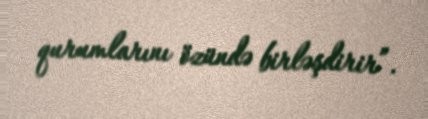
qurumlarını özündə birləşdirir”.